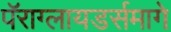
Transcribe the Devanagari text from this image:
पॅराग्लायडर्समागे